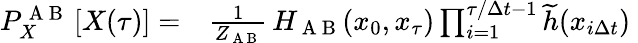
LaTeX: \begin{array}{rl}{P_{X}^{\mathrm{~A~B~}}\left[X(\tau)\right]=}&{{}\frac{1}{Z_{\mathrm{~A~B~}}}\, H_{\mathrm{~A~B~}}(x_{0},x_{\tau})\prod_{i=1}^{\tau/\Delta t-1}\widetilde{h}(x_{i\Delta t})\ }\end{array}